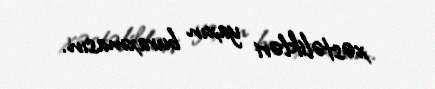
xəstəlikləri yaxın buraxmasın.